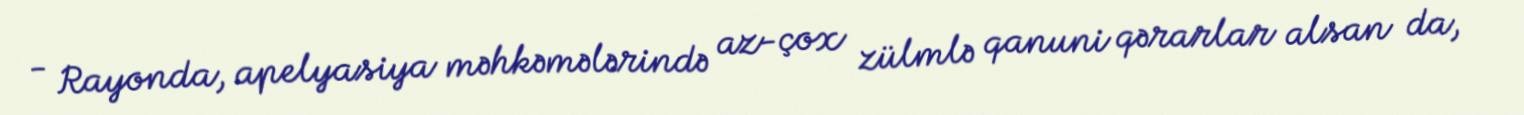
- Rayonda, apelyasiya məhkəmələrində az-çox zülmlə qanuni qərarlar alsan da,